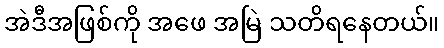
အဲဒီအဖြစ်ကို အဖေ အမြဲ သတိရနေတယ်။